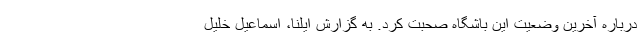
درباره آخرین وضعیت این باشگاه صحبت کرد. به گزارش ایلنا، اسماعیل خلیل